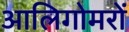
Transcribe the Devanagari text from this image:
आलिगोमरों